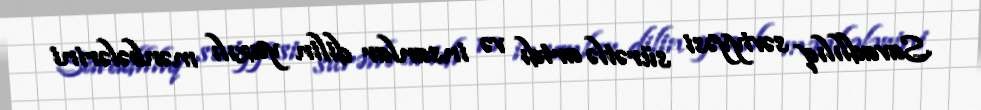
Savadlılıq səviyyəsi sürətlə artdı və insanlar dilin yazılı mənbələrini